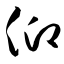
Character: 仰